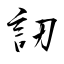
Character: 訒